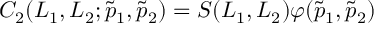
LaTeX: C _ { 2 } ( L _ { 1 } , L _ { 2 } ; \tilde { p } _ { 1 } , \tilde { p } _ { 2 } ) = S ( L _ { 1 } , L _ { 2 } ) \varphi ( \tilde { p } _ { 1 } , \tilde { p } _ { 2 } )